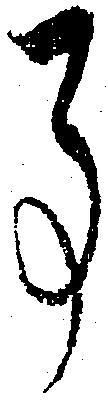
事